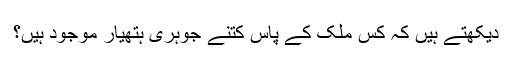
دیکھتے ہیں کہ کس ملک کے پاس کتنے جوہری ہتھیار موجود ہیں؟